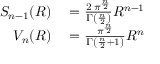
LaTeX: \begin{array} { r l } { S _ { n - 1 } ( R ) } & { { } = { \frac { 2 \, \pi ^ { \frac { n } { 2 } } } { \Gamma \left( { \frac { n } { 2 } } \right) } } R ^ { n - 1 } } \\ { V _ { n } ( R ) } & { { } = { \frac { \pi ^ { \frac { n } { 2 } } } { \Gamma \left( { \frac { n } { 2 } } + 1 \right) } } R ^ { n } } \end{array}